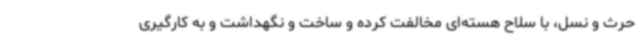
حرث و نسل، با سلاح هسته‌ای مخالفت کرده و ساخت و نگهداشت و به کارگیری